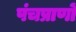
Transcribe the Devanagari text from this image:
पंचप्राणों